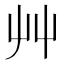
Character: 艸